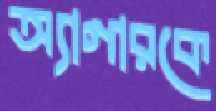
অ্যাগারকে